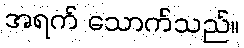
အရက် သောက်သည်။